Veterinary [1909] -
Year: 1909
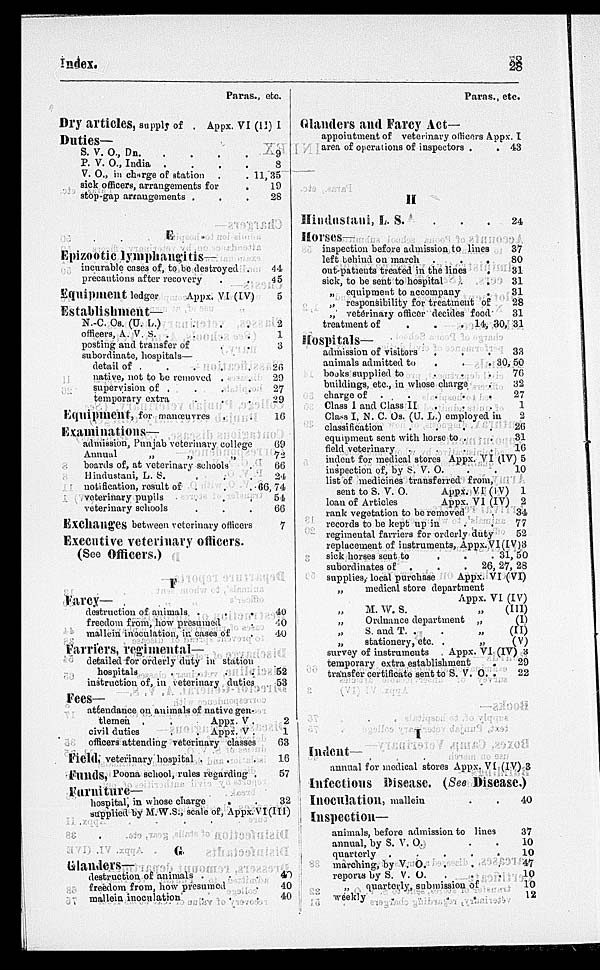
Index.
28
Paras., etc.
Dry articles, supply of . Appx. VI (II) I
Duties—
S. V.
O.,
Dn.
.
.
.
.
P. V. O., India
.
.
.
.
V. O., in charge of station . .
sick officers, arrangements for .
stop-gap arrangements . . .
E
Epizootic lymphangitis—
incurable cases of, to be destroyed .
precautions after recovery . .
Equipment ledger
Appx. VI (IV)
Establishment—
N.-C. Os. (U. L.) . . .
officers, A. V. S. . . .
posting and transfer of . .
subordinate, hospitals—
detail of . . . . . .
native, not to be removed . .
supervision of . . . .
temporary extra . . .
Equipment, for manœuvres
. .
Examinations—
admission, Punjab veterinary college
Annual
„
„
„
boards of, at veterinary schools .
Hindustani, L. S. . . . .
notification, result of . . .
veterinary pupils . . .
veterinary schools . . .
Exchanges between veterinary officers
Executive veterinary officers.
(See Officers.)
F
Farcy—
destruction of animals .
.
.
freedom from, how presumed .
mallein inoculation, in cases of .
Farriers, regimental—
detailed for orderly duty in station
hospitals
.
.
.
.
instruction of, in veterinary duties
Fees—
attendance on animals of native gen-
tlemen
.
.
Appx. V .
civil duties
.
. Appx. V .
officers attending veterinary classes
Field, veterinary hospital . . .
Funds, Poona school, rules regarding .
Furniture—
hospital, in whose charge . .
supplied by M.W.S., scale of, Appx.VI(III)
G
Glanders—
destruction of animals . .
freedom from, how presumed .
mallein inoculation . . .
9
8
11, 35
10
28
44
45
5
2
1
3
26
20
27
20
16
69
72
66
24
66, 74
54
66
7
40
40
40
52
53
2
1
63
16
57
32
40
40
40
Paras., etc.
Glanders and Farcy Act—
appointment of veterinary officers Appx. I
area of operations of inspectors . .
H
Hindustani, L. S. . . .
Horses—
inspection before admission to lines
left behind on march
.
.
.
out-pattents treated in the lines
.
sick, to be sent to hospital
.
.
„ equipment to accompany
„ responsibility for treatment of
„ veterinary officer decides food
treatment of
.
.
.
Hospitals—
admission of visitors . . .
animals admitted to
. . .
books supplied to
.
.
.
buildings, etc., in whose charge .
charge of
.
.
.
.
.
Class I and Class II . . .
Class I, N. C. Os. (U. L.) employed in
classification
.
.
.
.
equipment sent with horse to . .
field veterinary
.
.
.
.
indent for medical stores Appx. VI (IV)
inspection of, by S. V. O.
list of medicines transferred from,
sent to S. V.
O.
Appx. VI (IV)
loan of Articles
Appx. VI (IV)
rank vegetation to be removed .
records to be kept up in . .
regimental farriers for orderly duty
replacement of instruments, Appx. VI
sick horses scut to . . .
subordinates of
.
.
26,
supplies, local purchase Appx. VI (VI)
„ medical store dedpartment
Appx. VI (IV)
M. W. S. „(III)
„
Ordnance department „(I)
„
S. and T. .
.
„(II)
„
stationery, etc. .
„(V)
survey of instruments . Appx. VI (IV) 3
temporary extra establishment
.
transfer certificate sent to S. V. O. .
I
Indent—
annual for medical stores Appx. VI (IV) 3
Infectious Disease. (See Disease.)
Inoculation, mallein .
Inspection—
animals, before admission to lines
annual, by S. V. O.
quarterly
.
.
.
.
marching, by V. O.
reports by S. V. O. . .
„
quarterly, submission of .
weekly
.
.
.
.
43
24
37
80
31
31
31
28
31
14, 30, 31
33
30, 50
76
32
27
1
2
26
31
10
5
10
1
2
34
77
52
3
31, 50
27, 28
29
22
40
37
10
10
47
10
10
12